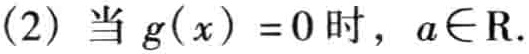
(2) 当 \(g(x)=0\) 时，\(a\in\mathrm{R}\).